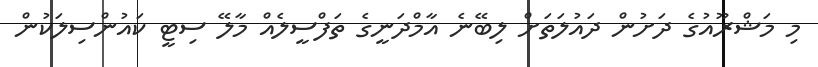
މި މަޝްރޫއުގެ ދަށުން ދައުލަތަށް ލިބޭނެ އާމްދަނީގެ ތަފްސީލެއް މާލޭ ސިޓީ ކައުންސިލަކުން